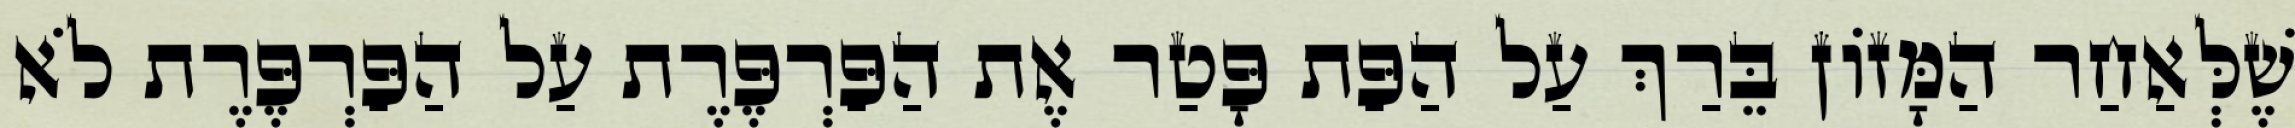
שֶׁלְּאַחַר הַמָּזוֹן בֵּרַךְ עַל הַפַּת פָּטַר אֶת הַפַּרְפֶּרֶת עַל הַפַּרְפֶּרֶת לֹא